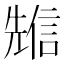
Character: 𠒷